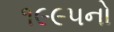
૧૯૯૫નો